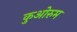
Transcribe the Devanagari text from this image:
कुओरुम